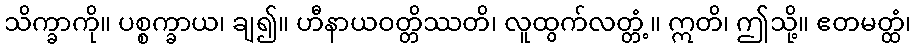
သိက္ခာကို။ ပစ္စက္ခာယ၊ ချ၍။ ဟီနာယဝတ္တိဿတိ၊ လူထွက်လတ္တံ့။ ဣတိ၊ ဤသို့။ ဧတမတ္ထံ၊